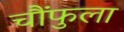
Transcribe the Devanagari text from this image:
चौंफुला